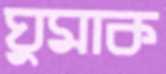
ঘুমাক